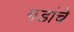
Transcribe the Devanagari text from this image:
गडांचे